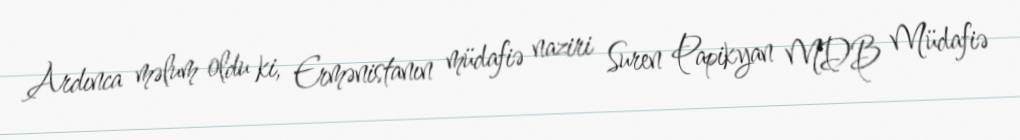
Ardınca məlum oldu ki, Ermənistanın müdafiə naziri Suren Papikyan MDB Müdafiə